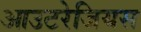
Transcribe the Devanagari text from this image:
आउटरेजियस